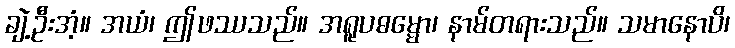
ချဲ့ဦးအံ့။ အယံ၊ ဤဖဿသည်။ အရူပဓမ္မော၊ နာမ်တရားသည်။ သမာနောပိ၊